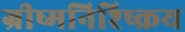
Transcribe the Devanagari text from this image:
ग्रीष्मनिश्ष्क्रिय